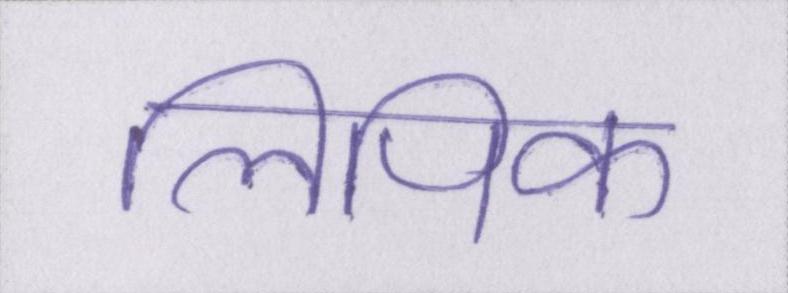
लिपिक